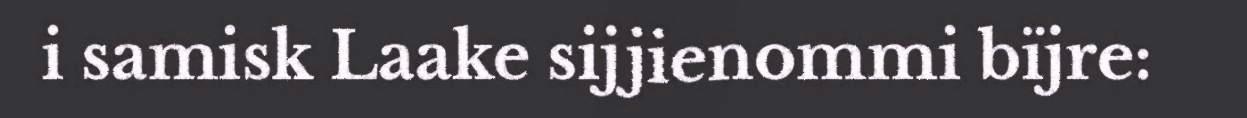
i samisk Laake sijjienommi bïjre: